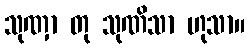
သုဏှာ တု သုဏိသာ ဟုသာ။